Civil Veterinary Department. Madras. Admin. report 1926-33 - 1926-1933
Year: 1926
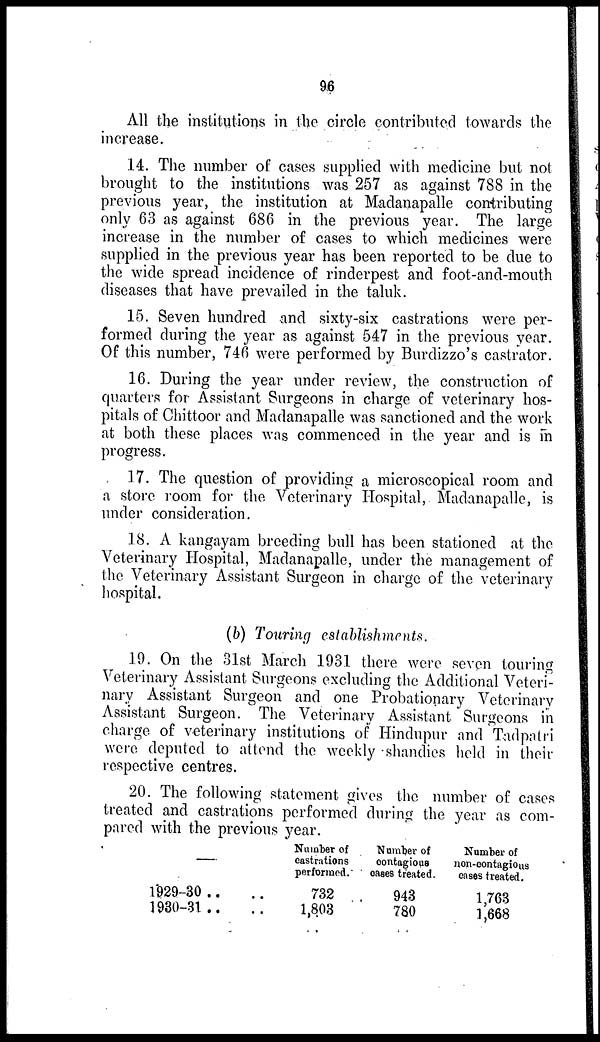
96
All the institutions in the circle contributed towards the
increase.
14. The number of cases supplied with medicine but not
brought to the institutions was 257 as against 788 in the
previous year, the institution at Madanapalle contributing
only 63 as against 686 in the previous year. The large
increase in the number of cases to which medicines were
supplied in the previous year has been reported to be due to
the wide spread incidence of rinderpest and foot-and-mouth
diseases that have prevailed in the taluk.
15. Seven hundred and sixty-six castrations were per-
formed during the year as against 547 in the previous year.
Of this number, 746 were performed by Burdizzo's castrator.
16. During the year under review, the construction of
quarters for Assistant Surgeons in charge of veterinary hos-
pitals of Chittoor and Madanapalle was sanctioned and the work
at both these places was commenced in the year and is in
progress.
17. The question of providing a microscopical room and
a store room for the Veterinary Hospital, Madanapalle, is
under consideration.
18. A kangayam breeding bull has been stationed at the
Veterinary Hospital, Madanapalle, under the management of
the Veterinary Assistant Surgeon in charge of the veterinary
hospital.
(b) Touring establishments.
19. On the 31st March 1931 there were seven touring
Veterinary Assistant Surgeons excluding the Additional Veteri-
nary Assistant Surgeon and one Probationary Veterinary
Assistant Surgeon. The Veterinary Assistant Surgeons in
charge of veterinary institutions of Hindupur and Tadpatri
were deputed to attend the weekly shandies held in their
respective centres.
20. The following statement gives the number of cases
treated and castrations performed during the year as com-
pared with the previous year.
—
1929-30 .. ..
1930-31 .. ..
Number of
castrations
performed.
732
1,803
Number of
contagious
cases treated.
943
780
Number of
non-contagious
cases treated.
1,763
1,668